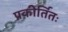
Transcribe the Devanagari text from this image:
प्रकीर्तितः